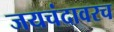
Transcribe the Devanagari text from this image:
जयचंदावरच